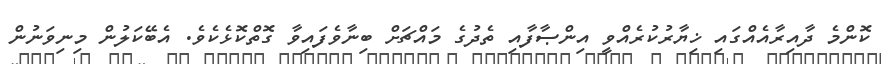
ކޮންމެ ދާއިރާއެއްގައި ޚިޔާރުކުރެއްވީ އިންޞާފާއި ތެދުގެ މައްޗަށް ބިނާވެފައިވާ ގޮތްކޮޅެކެވެ. އެބޭކަލުން މިނިވަނުން